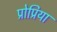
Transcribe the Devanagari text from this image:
प्रोप्रिया